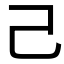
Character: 己